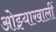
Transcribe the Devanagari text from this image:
ओझ्याखालीं